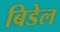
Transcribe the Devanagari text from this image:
बिडेल